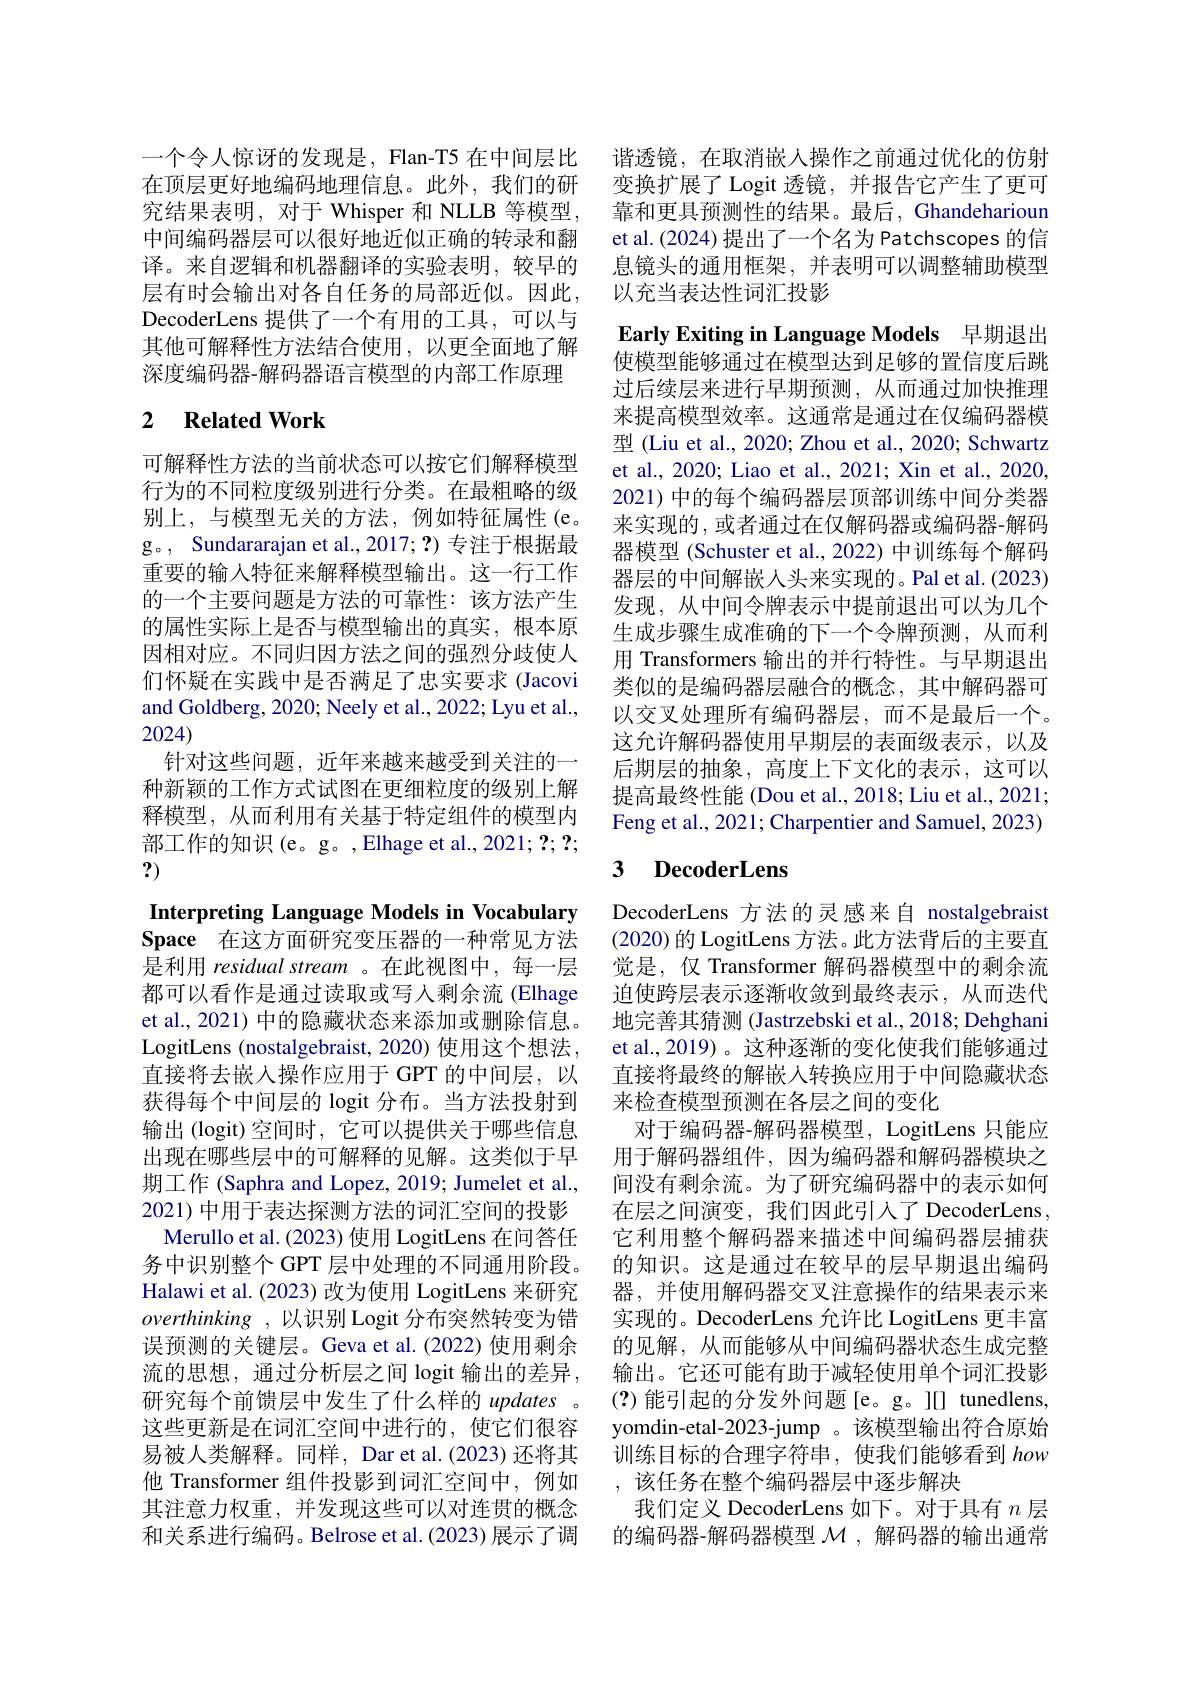
一个令人惊讶的发现是，Flan-T5 在中间层比在顶层更好地编码地理信息。此外，我们的研究结果表明，对于 Whisper 和 NLLB 等模型， 中间编码器层可以很好地近似正确的转录和翻译。来自逻辑和机器翻译的实验表明，较早的层有时会输出对各自任务的局部近似。因此， DecoderLens 提供了一个有用的工具，可以与其他可解释性方法结合使用，以更全面地了解深度编码器-解码器语言模型的内部工作原理

## 2 $\textbf{Related Work}$

可解释性方法的当前状态可以按它们解释模型行为的不同粒度级别进行分类。在最粗略的级别上，与模型无关的方法，例如特征属性(e。g。, Sundararajan et al.,2017;?)专注于根据最重要的输入特征来解释模型输出。这一行工作的一个主要问题是方法的可靠性：该方法产生的属性实际上是否与模型输出的真实，根本原因相对应。不同归因方法之间的强烈分歧使人们怀疑在实践中是否满足了忠实要求 (Jacovi and Goldberg, 2020; Neely et al., 2022; Lyu et al., 2024)
针对这些问题，近年来越来越受到关注的一种新颖的工作方式试图在更细粒度的级别上解释模型，从而利用有关基于特定组件的模型内部工作的知识(e。g。,Elhage et al.,2021; ?; ?; ?)

Interpreting Language Models in Vocabulary $\mathbf{Space}$ 在这方面研究变压器的一种常见方法

是利用 residual stream 。在此视图中，每一层都可以看作是通过读取或写人剩余流(Elhage et al., 2021) 中的隐藏状态来添加或删除信息。LogitLens (nostalgebraist, 2020) 使用这个想法， 直接将去嵌人操作应用于 GPT 的中间层，以获得每个中间层的 logit 分布。当方法投射到输出 (logit)空间时，它可以提供关于哪些信息出现在哪些层中的可解释的见解。这类似于早期工作 (Saphra and Lopez, 2019; Jumelet et al., 2021)中用于表达探测方法的词汇空间的投影
Merullo et al. (2023) 使用 LogitLens 在问答任务中识别整个 GPT 层中处理的不同通用阶段。Halawi et al. (2023) 改为使用 LogitLens 来研究$overthinking~,~以识别~Logit~分布突然转变为错$ 误预测的关键层。Geva et al.(2022) 使用剩余流的思想，通过分析层之间 logit 输出的差异， 研究每个前馈层中发生了什么样的 updates。这些更新是在词汇空间中进行的，使它们很容易被人类解释。同样，Dar et al.(2023) 还将其他 Transformer 组件投影到词汇空间中，例如其注意力权重，并发现这些可以对连贯的概念和关系进行编码。Belrose et al.(2023) 展示了调

谐透镜，在取消嵌入操作之前通过优化的仿射
变换扩展了 Logit 透镜，并报告它产生了更可靠和更具预测性的结果。最后，Ghandeharioun et al. (2024) 提出了一个名为 Patchscopes 的信息镜头的通用框架，并表明可以调整辅助模型以充当表达性词汇投影

Early Exiting in Language Models 早期退出使模型能够通过在模型达到足够的置信度后跳过后续层来进行早期预测，从而通过加快推理来提高模型效率。这通常是通过在仅编码器模型 (Liu et al., 2020; Zhou et al., 2020; Schwartz et al., 2020; Liao et al., 2021; Xin et al., 2020, 2021) 中的每个编码器层顶部训练中间分类器来实现的，或者通过在仅解码器或编码器-解码器模型 (Schuster et al., 2022) 中训练每个解码器层的中间解嵌人头来实现的。Pal et al.(2023) 发现，从中间令牌表示中提前退出可以为几个生成步骤生成准确的下一个令牌预测，从而利用 Transformers 输出的并行特性。与早期退出类似的是编码器层融合的概念，其中解码器可以交叉处理所有编码器层，而不是最后一个。这允许解码器使用早期层的表面级表示，以及后期层的抽象，高度上下文化的表示，这可以提高最终性能 (Dou et al., 2018; Liu et al., 2021; Feng et al., 2021; Charpentier and Samuel, 2023)

## 3 DecoderLens

DecoderLens 方法的灵感来自 nostalgebraist (2020)的 LogitLens 方法。此方法背后的主要直觉是，仅 Transformer 解码器模型中的剩余流迫使跨层表示逐渐收敛到最终表示，从而迭代地完善其猜测 (Jastrzebski et al., 2018; Dehghani et al.,2019) 。这种逐渐的变化使我们能够通过直接将最终的解嵌入转换应用于中间隐藏状态来检查模型预测在各层之间的变化
对于编码器-解码器模型，LogitLens 只能应用于解码器组件，因为编码器和解码器模块之间没有剩余流。为了研究编码器中的表示如何在层之间演变，我们因此引入了 DecoderLens, 它利用整个解码器来描述中间编码器层捕获的知识。这是通过在较早的层早期退出编码器，并使用解码器交叉注意操作的结果表示来实现的。DecoderLens 允许比 LogitLens 更丰富的见解，从而能够从中间编码器状态生成完整输出。它还可能有助于减轻使用单个词汇投影(?)能引起的分发外问题[e。g。][] tunedlens, yomdin-etal-2023-jump 。该模型输出符合原始训练目标的合理字符串，使我们能够看到how ,该任务在整个编码器层中逐步解决
我们定义 DecoderLens 如下。对于具有$n$层的编码器-解码器模型$\mathcal{M}$ ,解码器的输出通常